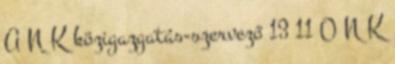
A N K közigazgatás-szervező 13 11 O N K